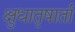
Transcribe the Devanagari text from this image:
क्षुधातृषार्ता